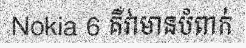
Nokia 6 គឺវាមានបំពាក់